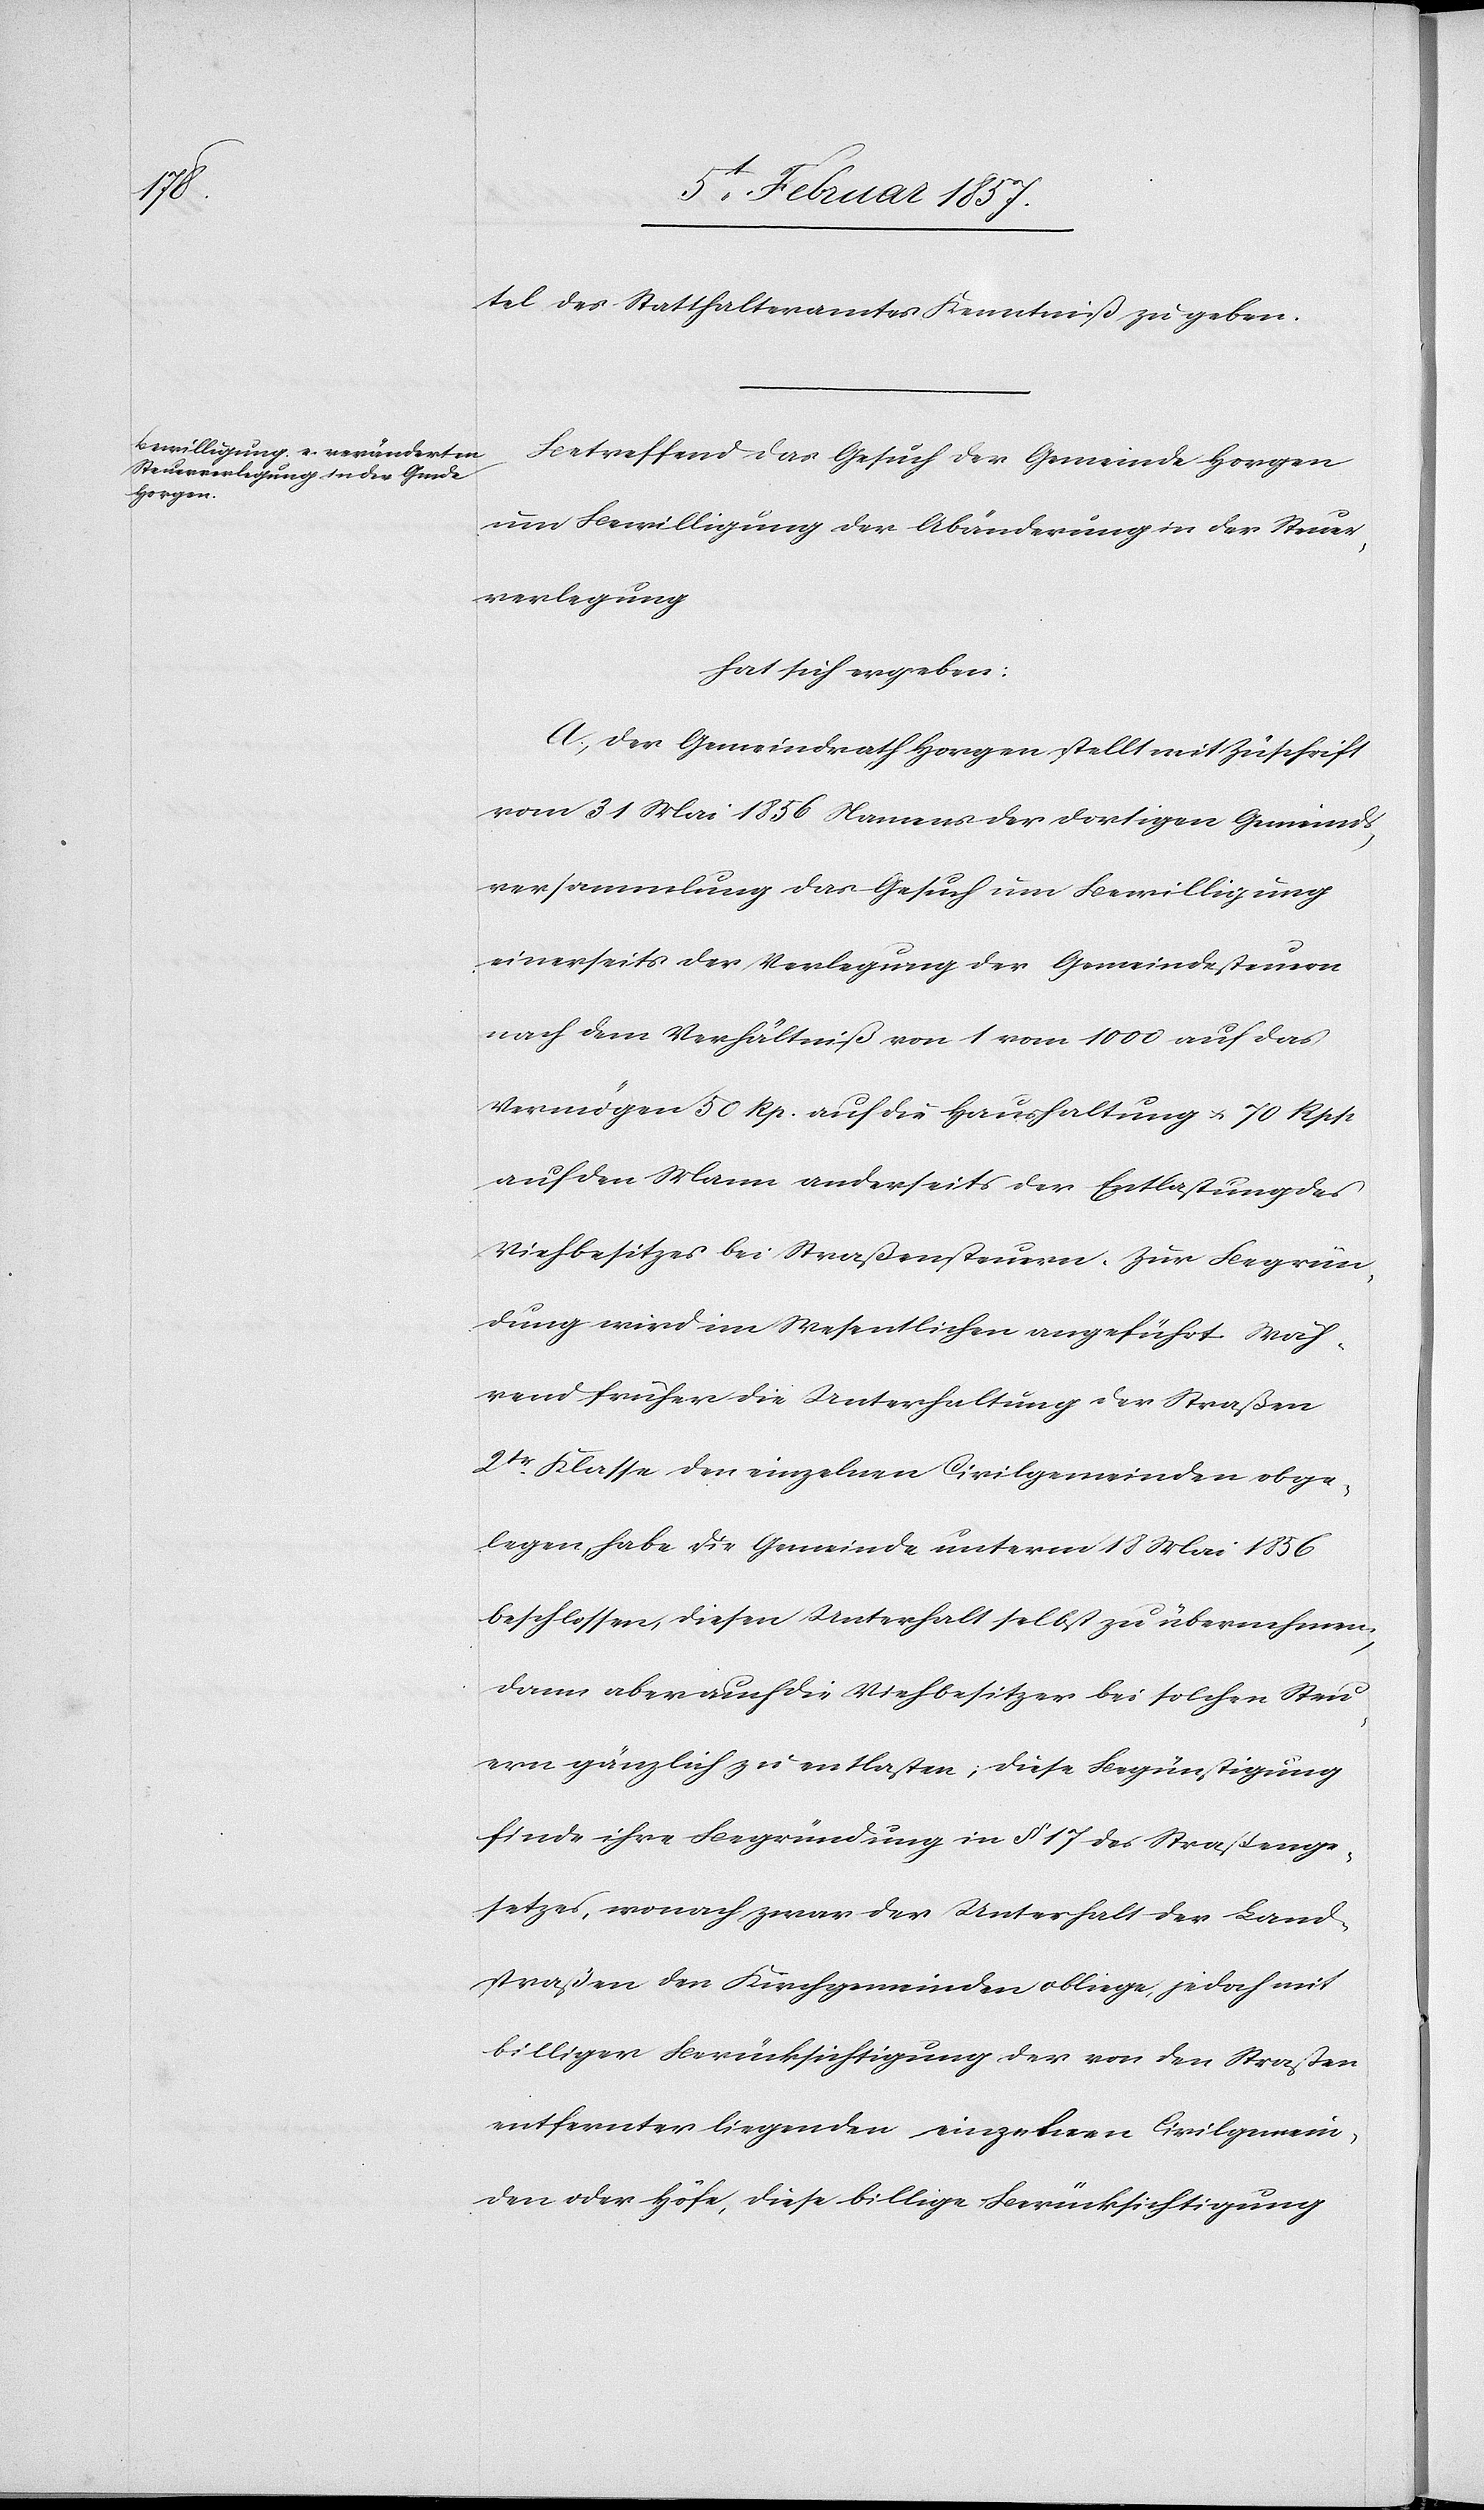
tel des Statthalteramtes Kenntniß zu geben.
Betreffend das Gesuch der Gemeinde Horgen
um Bewilligung der Abänderung in der Steuer¬
verlegung
hat sich ergeben:
A. Der Gemeindrath Horgen stellt mit Zuschrift
vom 31 Mai 1856 Namens der dortigen Gemeinds¬
versammlung das Gesuch um Bewilligung
einerseits der Verlegung der Gemeindesteuer
nach dem Verhältniß von 1 vom 1000 auf das
Vermögen 50 Rp. auf die Haushaltung & 70 Rpp
auf den Mann anderseits der Entlastung des
Viehbesitzes bei Straßensteuern. Zur Begrün¬
dung wird im Wesentlichen angeführt[:] Wäh¬
rend früher die Unterhaltung der Straßen
2tr Klasse den einzelnen Civilgemeinden obge¬
legen, habe die Gemeinde unterm 18 Mai 1856
beschlossen diesen Unterhalt selbst zu übernehmen,
dann aber auch die Viehbesitzer bei solchen Steu¬
ern gänzlich zu entlasten; diese Begünstigung
finde ihre Begründung in § 17 des Straßenge¬
setzes, wonach zwar der Unterhalt der Land¬
straßen den Kirchgemeinden obliege, jedoch mit
billiger Berücksichtigung der von den Straßen
entfernter liegenden einzelner Civilgemein¬
den oder Höfe, diese billige Berücksichtigung